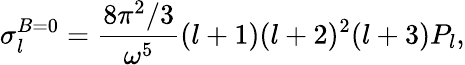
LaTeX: \sigma_{l}^{B=0}={\frac{8\pi^{2}/3}{\omega^{5}}}(l+1)(l+2)^{2}(l+3)P_{l},